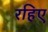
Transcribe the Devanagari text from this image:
रहिए